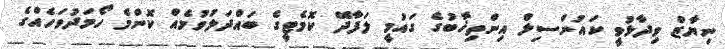
ނިޔާޒް ވިދާޅުވީ ކައުންސިލް އިންތިޚާބުގެ ގައުމީ ލަފާދޭ ކޮމެޓީގެ ބައްދަލުވުމެއް ކޮންމެ ހޯމަދުވަހެއްގެ